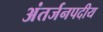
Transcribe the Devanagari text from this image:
अंतर्जनपदीय